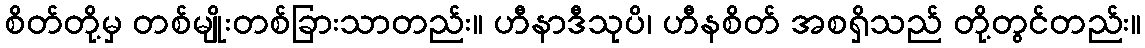
စိတ်တို့မှ တစ်မျိုးတစ်ခြားသာတည်း။ ဟီနာဒီသုပိ၊ ဟီနစိတ် အစရှိသည် တို့တွင်တည်း။